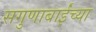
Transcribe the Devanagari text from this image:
सगुणाबाईंच्या